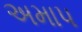
અમાપ